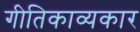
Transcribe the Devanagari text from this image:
गीतिकाव्यकार